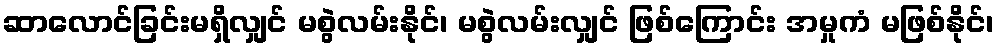
ဆာလောင်ခြင်းမရှိလျှင် မစွဲလမ်းနိုင်၊ မစွဲလမ်းလျှင် ဖြစ်ကြောင်း အမှုကံ မဖြစ်နိုင်၊